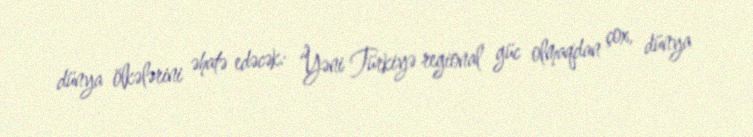
dünya ölkələrini əhatə edəcək: “Yəni Türkiyə regional güc olmaqdan çox, dünya